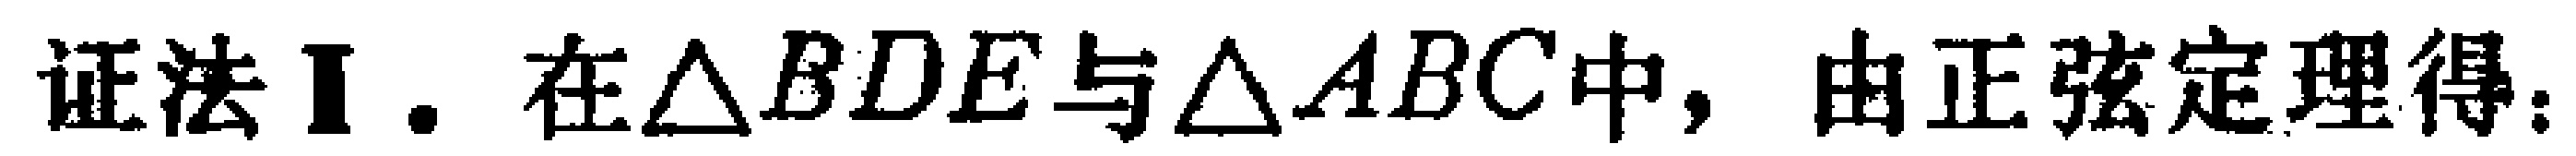
证法I. 在$\triangle BDE$与$\triangle ABC$中，由正弦定理得：